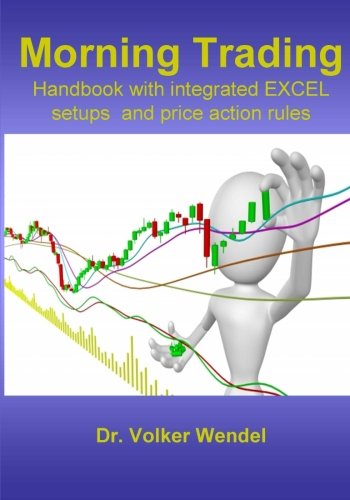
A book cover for Morning Trading: Handbook with integrated Excel setups and price action rules; Dr. Volker Wendel; Business & Money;